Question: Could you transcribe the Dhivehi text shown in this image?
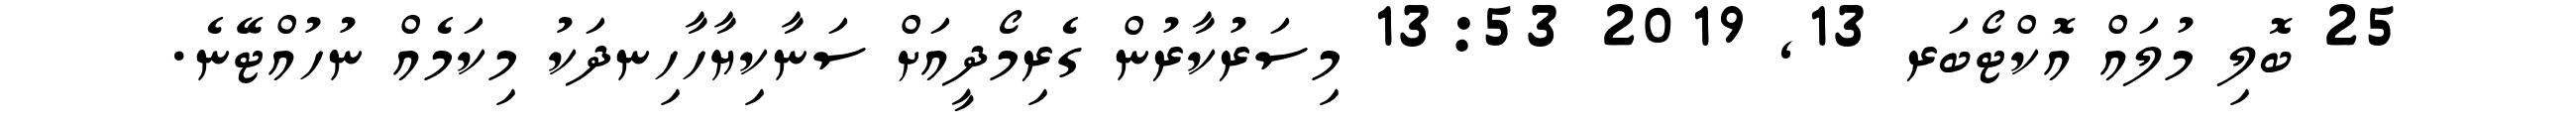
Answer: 25 ބޮލި މުލައް އޮކްޓޯބަރ 13, 2019 13:53 މިސަރުކާރުން ގެރިމޯދީއަށް ސަނާކިޔާހާހިނދަކު މިކަމެއް ނުހުއްޓޭނެ.